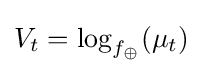
V_{t}=\log _{f_{\oplus }}(\mu _{t})